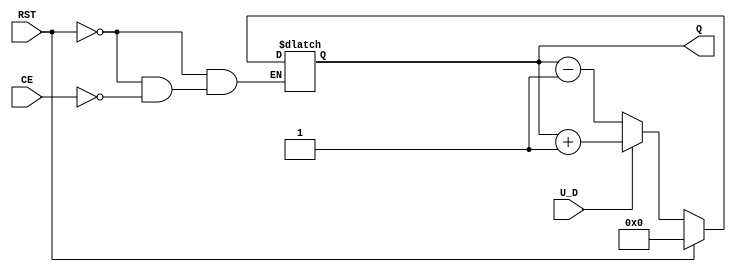
module UpDownCounter #(
    parameter N = 4 // Number of bits in the counter
)(
    input wire U_D,       // Up/Down control signal
    input wire CE,        // Count Enable
    input wire RST,       // Asynchronous Reset
    output reg [N-1:0] Q  // Count Value
);

// Asynchronous Reset
always @(*) begin
    if (RST) begin
        Q = 0; // Reset the counter to zero
    end else if (CE) begin
        if (U_D) begin
            Q = Q + 1; // Count up
        end else begin
            Q = Q - 1; // Count down
        end
    end
end

endmodule